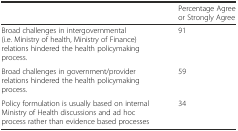
<table><thead><tr><td></td><td><b>Percentage Agree or Strongly Agree</b></td></tr></thead><tbody><tr><td>Broad challenges in intergovernmental (i.e. Ministry of health, Ministry of Finance) relations hindered the health policymaking process.</td><td>91</td></tr><tr><td>Broad challenges in government/provider relations hindered the health policymaking process.</td><td>59</td></tr><tr><td>Policy formulation is usually based on internal Ministry of Health discussions and ad hoc process rather than evidence based processes</td><td>34</td></tr></tbody></table>